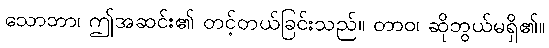
သောဘာ၊ ဤအဆင်း၏ တင့်တယ်ခြင်းသည်။ တာဝ၊ ဆိုဘွယ်မရှိ၏။